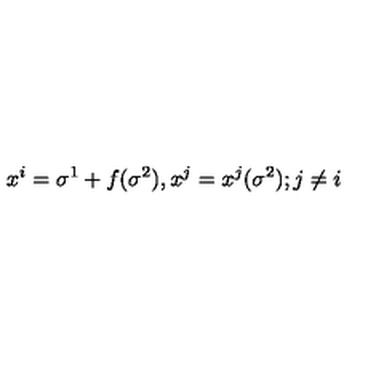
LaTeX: x ^ { i } = \sigma ^ { 1 } + f ( \sigma ^ { 2 } ) , x ^ { j } = x ^ { j } ( \sigma ^ { 2 } ) ; j \neq i